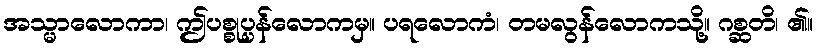
အသ္မာလောကာ၊ ဤပစ္စုပ္ပန်လောကမှ။ ပရလောကံ၊ တမလွန်လောကသို့။ ဂစ္ဆတိ၊ ၏။